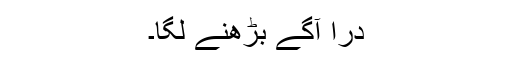
دراؔ آگے بڑھنے لگا۔